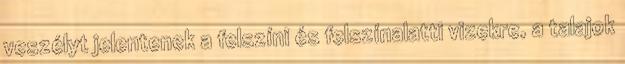
veszélyt jelentenek a felszíni és felszínalatti vizekre, a talajok